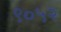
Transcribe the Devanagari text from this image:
९०५२